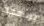
برنامجك